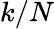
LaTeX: k/N